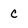
Character: c